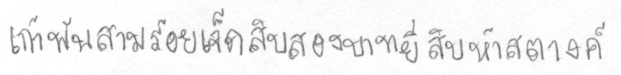
เก้าพันสามร้อยเจ็ดสิบสองบาทยี่สิบห้าสตางค์